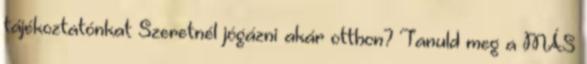
tájékoztatónkat Szeretnél jógázni akár otthon? Tanuld meg a MÁS